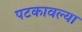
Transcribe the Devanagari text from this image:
पटकावल्या